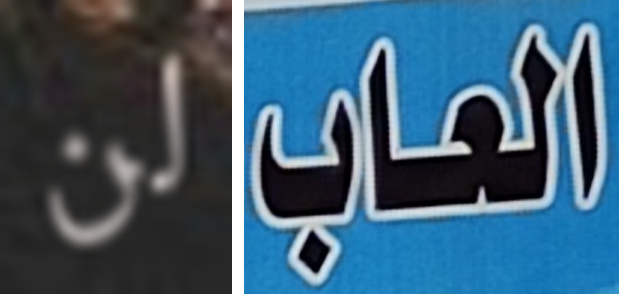
لن العاب